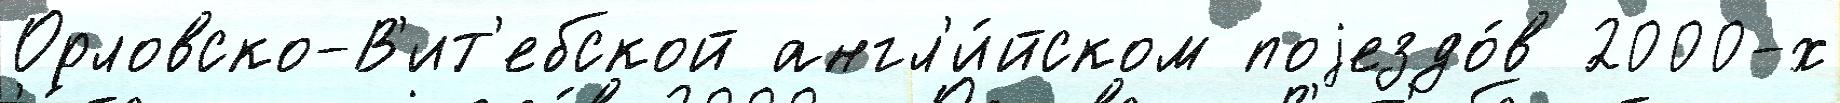
Орловско-В'ит'ебской англ'и́йском поjездо́в 2000-х